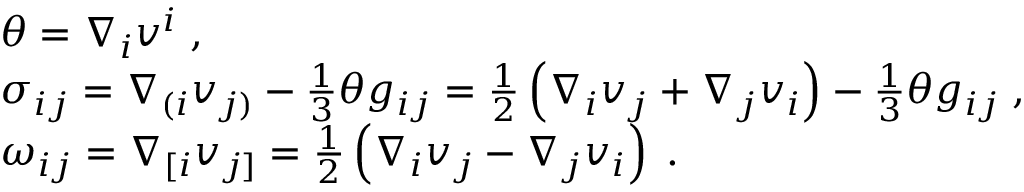
\begin{array} { r l } & { \theta = \nabla _ { i } v ^ { i } \; , } \\ & { \sigma _ { i j } = \nabla _ { ( i } v _ { j ) } - \frac { 1 } { 3 } \theta g _ { i j } = \frac { 1 } { 2 } \left( \nabla _ { i } v _ { j } + \nabla _ { j } v _ { i } \right) - \frac { 1 } { 3 } \theta g _ { i j } \; , } \\ & { \omega _ { i j } = \nabla _ { [ i } v _ { j ] } = \frac { 1 } { 2 } \left( \nabla _ { i } v _ { j } - \nabla _ { j } v _ { i } \right) \; . } \end{array}